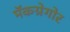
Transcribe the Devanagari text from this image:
मॅकग्रेगोर